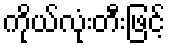
ကိုယ်လုံးတီးဖြင့်